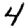
Digit: 4